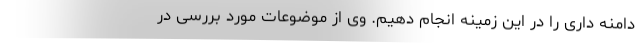
دامنه داری را در این زمینه انجام دهیم. وی از موضوعات مورد بررسی در